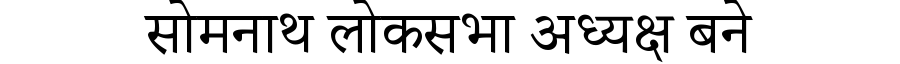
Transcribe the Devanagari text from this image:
सोमनाथ लोकसभा अध्यक्ष बने